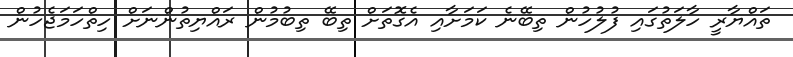
ތައްޔާރީ ހާލަތުގައި ފުލުހުން ތިބޭނެ ކަމަށާއި އެގޮތަށް ތިބޭ ތިބުމުން ރައްޔިތުންނަށް ހިތްހަމަޖެހުން